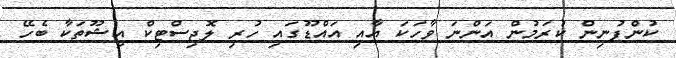
ކުންފުނިން ކުރަމުން އަންނަ ވާހަކަ އާއި އައްޑޫގައި ހުރި ލޮޖިސްޓިކް އިޝޫތަކާ ބެހޭ